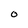
Character: 0